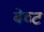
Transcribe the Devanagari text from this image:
बेच्ट